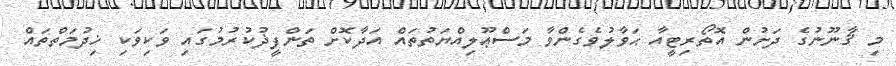
މި ޤާނޫނުގެ ދަށުން އޮތޯރިޓީއާ ޙަވާލުވެގެންވާ މަސްޢޫލިއްޔަތުތައް އަދާކޮށް ތަންފީޛުކުރުމުގައި ވަކިވަކި ޚިދުމަތްތައް